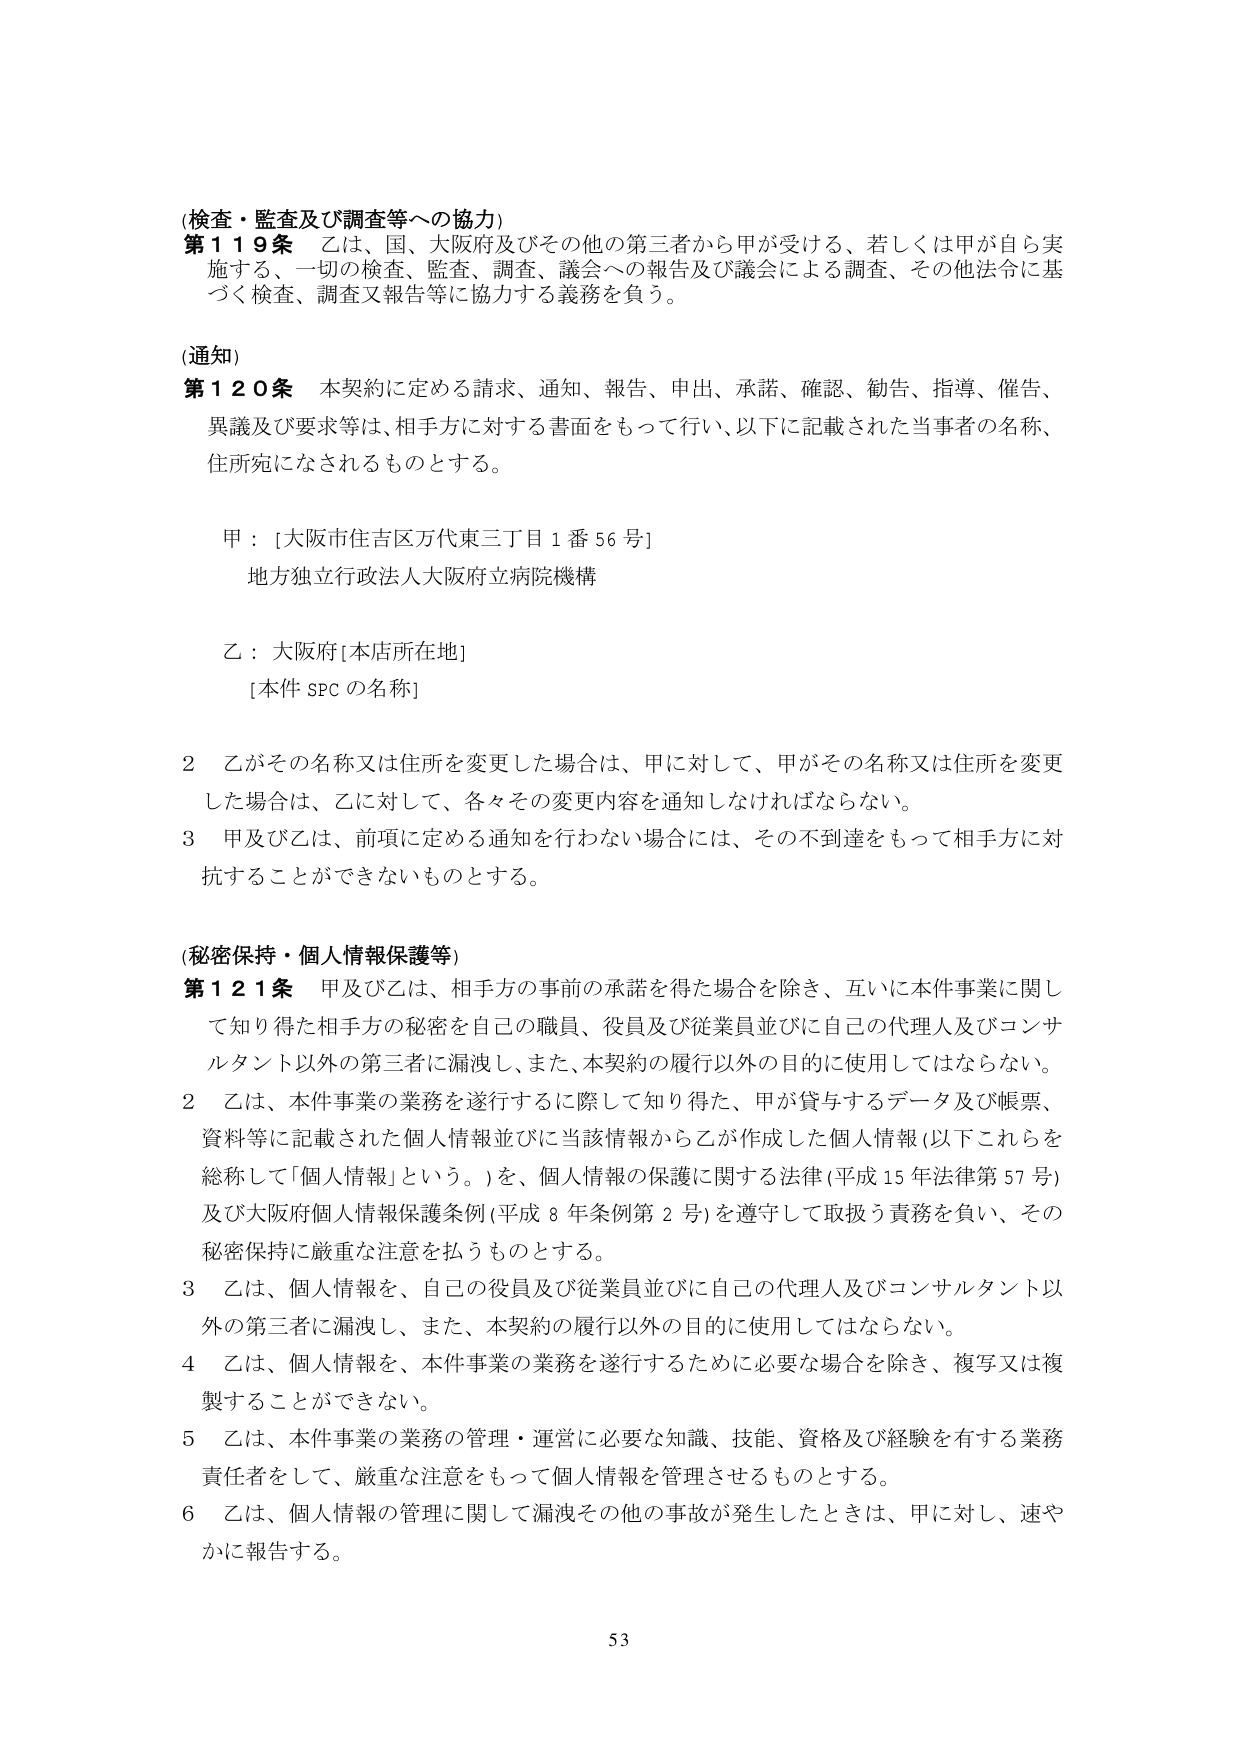
(検査・監査及び調査等への協力)
第119条 乙は、国、大阪府及びその他の第三者から甲が受ける、若しくは甲が自ら実施する、一切の検査、監査、調査、議会への報告及び議会による調査、その他法令に基づく検査、調査又報告等に協力する義務を負う。

(通知)
第120条 本契約に定める請求、通知、報告、申出、承諾、確認、勧告、指導、催告、異議及び要求等は、相手方に対する書面をもって行い、以下に記載された当事者の名称、住所宛になされるものとする。

甲：[大阪市住吉区万代東三丁目1番56号]
地方独立行政法人大阪府立病院機構

乙：大阪府[本店所在地]
[本件SPCの名称]

2 乙がその名称又は住所を変更した場合は、甲に対して、甲がその名称又は住所を変更した場合は、乙に対して、各々その変更内容を通知しなければならない。
3 甲及び乙は、前項に定める通知を行わない場合には、その不到達をもって相手方に対抗することができないものとする。

(秘密保持・個人情報保護等)
第121条 甲及び乙は、相手方の事前の承諾を得た場合を除き、互いに本件事業に関して知り得た相手方の秘密を自己の職員、役員及び従業員並びに自己の代理人及びコンサルタント以外の第三者に漏洩し、また、本契約の履行以外の目的に使用してはならない。
2 乙は、本件事業の業務を遂行するに際して知り得た、甲が貸与するデータ及び帳票、資料等に記載された個人情報並びに当該情報から乙が作成した個人情報(以下これらを総称して「個人情報」という。)を、個人情報の保護に関する法律(平成15年法律第57号)及び大阪府個人情報保護条例(平成8年条例第2号)を遵守して取扱う責務を負い、その秘密保持に厳重な注意を払うものとする。
3 乙は、個人情報を、自己の役員及び従業員並びに自己の代理人及びコンサルタント以外の第三者に漏洩し、また、本契約の履行以外の目的に使用してはならない。
4 乙は、個人情報を、本件事業の業務を遂行するために必要な場合を除き、複写又は複製することができない。
5 乙は、本件事業の業務の管理・運営に必要な知識、技能、資格及び経験を有する業務責任者をして、厳重な注意をもって個人情報を管理させるものとする。
6 乙は、個人情報の管理に関して漏洩その他の事故が発生したときは、甲に対し、速やかに報告する。

53